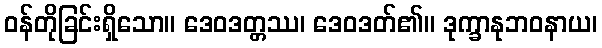
ဝန်တိုခြင်းရှိသော။ ဒေဝဒတ္တဿ၊ ဒေဝဒတ်၏။ ဒုက္ခာနုဘဝနာယ၊